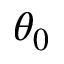
\theta _ { 0 }